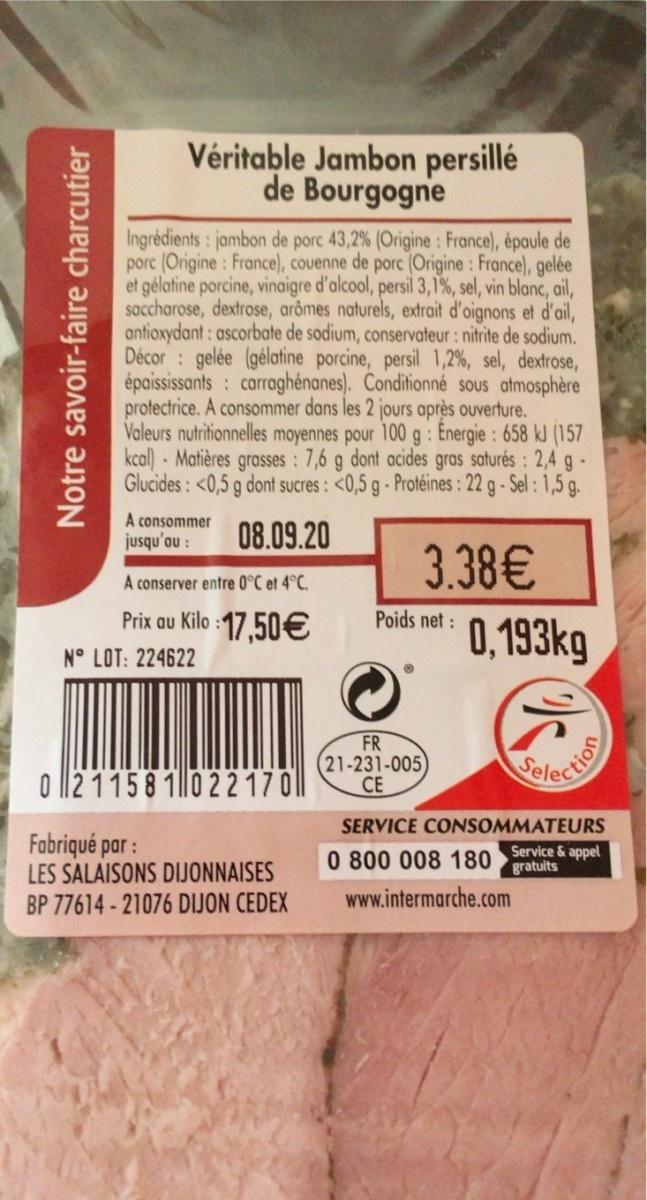
Véritable Jambon persillé de Bourgogne
Ingrédients: jambon de porc 43,2 % (Origine : France), épaule de porc (Origine: France), couenne de porc (Origine: France), gelée et gélatine porcine, vinaigre d'alcool, persil 3,1%, sel, vin blanc, ail, saccharose, dextrose, arômes naturels, extrait d'oignons et d'ail, antioxydant: ascorbate de sodium, conservateur : nitrite de sodium. Décor : gelée (gélatine porcine, persil 1,2%, sel, dextrose, épaississants : carraghénanes). Conditionné sous atmosphère protectrice. A consommer dans les 2 jours après ouverture. Valeurs nutritionnelles moyennes pour 100 g : Energie : 658 kJ (157 kcal) - Matières grasses : 7,6 g dont acides gras saturés: 2,4 g- Glucides: <0,5 g dont sucres: <0,5 g - Protéines : 22 g- Sel: 1,5 g.
A consommer jusqu'au :
08.09.20
3.38€
A conserver entre 0°C et 4°C.
Prix au Kilo :17.50€
Poids net:
0,193kg
N° LOT: 224622
FR (21-231-005 CE
Pelection
o ll2 1158 10 22 17 ||
SERVICE CONSOMMATEURS
Fabriqué par: LES SALAISONS DIJONNAISES BP 77614 - 21076 DIJON CEDEX
0 800 008 180 Service & appel gratuits
www.intermarche.com
Notre savoir-faire charcutier